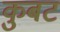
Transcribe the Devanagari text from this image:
कुबट